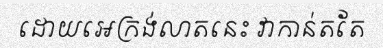
ដោយអេក្រង់លាតនេះ វាកាន់តតែ